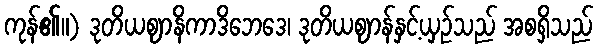
ကုန်၏။) ဒုတိယဈာနိကာဒိဘေဒေ၊ ဒုတိယဈာန်နှင့်ယှဉ်သည် အစရှိသည်